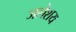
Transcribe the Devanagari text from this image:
जलेशय